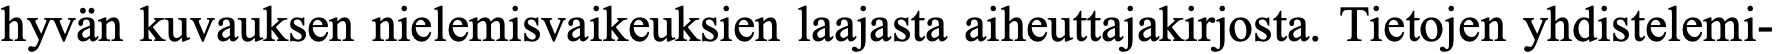
hyvän kuvauksen nielemisvaikeuksien laajasta aiheuttajakirjosta. Tietojen yhdistelemi-